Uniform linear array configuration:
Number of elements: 48
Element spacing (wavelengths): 0.5
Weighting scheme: kaiser
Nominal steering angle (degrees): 60
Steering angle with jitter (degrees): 59.733
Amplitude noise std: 0.05
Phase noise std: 0.05

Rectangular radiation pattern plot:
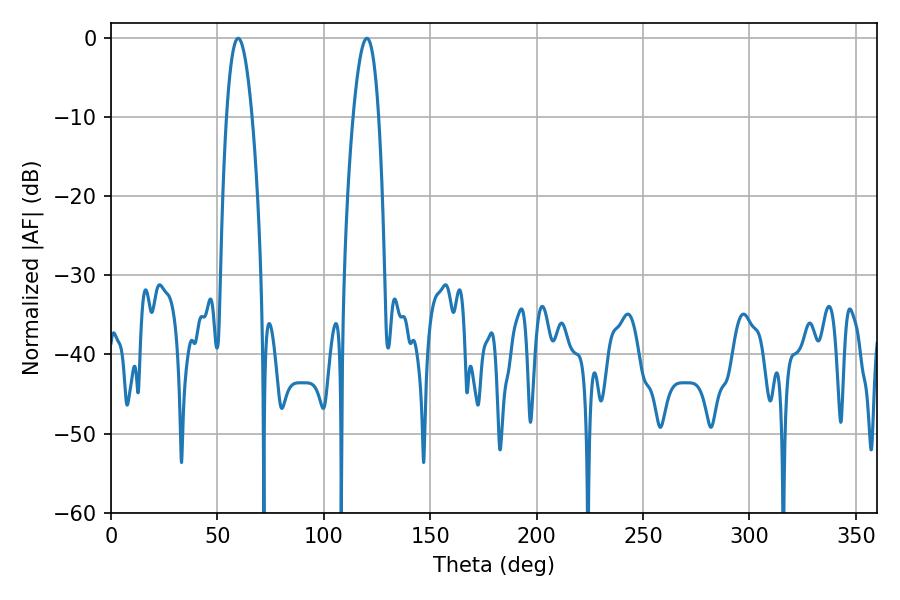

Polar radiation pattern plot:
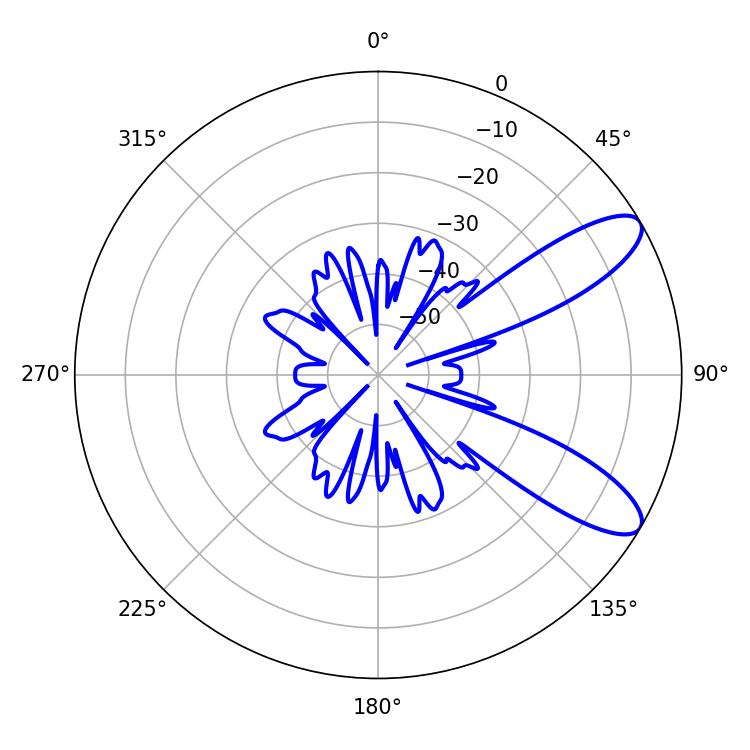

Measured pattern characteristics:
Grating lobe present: FALSE
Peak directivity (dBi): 9.684
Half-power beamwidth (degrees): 6.48
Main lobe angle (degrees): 59.76